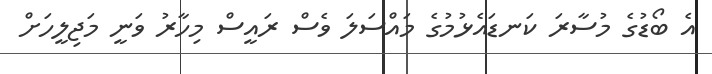
އެ ބޯޑުގެ މުސާރަ ކަނޑައެޅުމުގެ މައްސަލަ ވެސް ރައީސް މިހާރު ވަނީ މަޖިލީހަށް